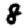
Digit: 8